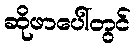
ဆိုဖာပေါ်တွင်